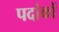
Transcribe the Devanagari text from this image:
पदांकों